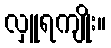
လှူရကျိုး။